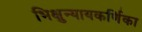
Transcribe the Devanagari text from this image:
भिक्षुन्यायकर्णिका